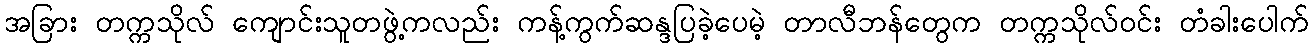
အခြား တက္ကသိုလ် ကျောင်းသူတဖွဲ့ကလည်း ကန့်ကွက်ဆန္ဒပြခဲ့ပေမဲ့ တာလီဘန်တွေက တက္ကသိုလ်ဝင်း တံခါးပေါက်